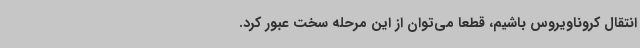
انتقال کروناویروس باشیم، قطعا می‌توان از این مرحله سخت عبور کرد.